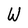
Character: W